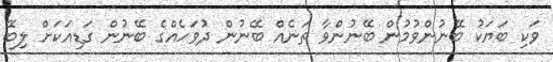
ވަކި ބަޔަކު ބޭނުންވުމުން ބޭނުންވާ ތަނެއް ބޭނުން ދުވަހެއްގެ ބޭނުން ގަޑިއަކަށް ލިބޭ